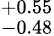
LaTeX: ^{+0.55}_{-0.48}